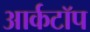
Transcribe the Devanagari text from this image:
आर्कटॉप